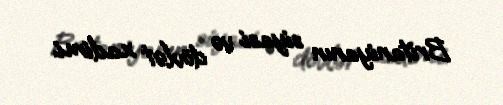
Britaniyanın siyasi və dövlət xadimi.